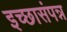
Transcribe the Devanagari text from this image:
इच्छासंपन्न